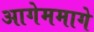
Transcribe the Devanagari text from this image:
आगेममागे